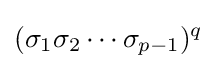
(\sigma _{1}\sigma _{2}\cdots \sigma _{p-1})^{q}